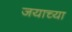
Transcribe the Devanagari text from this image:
जयाच्या